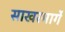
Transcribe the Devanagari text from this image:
साखरमार्गे